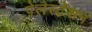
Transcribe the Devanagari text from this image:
पेलेस्टेशन